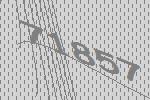
71857